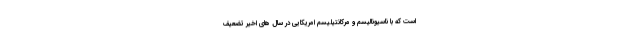
است که با ناسیونالیسم و مرکانتیلیسم امریکایی در سال های اخیر تضعیف